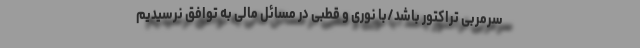
سرمربی تراکتور باشد/با نوری و قطبی در مسائل مالی به توافق نرسیدیم